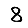
Digit: 8